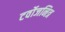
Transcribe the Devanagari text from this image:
टर्वोजनित्र